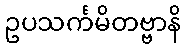
ဥပသင်္ကမိတဗ္ဗာနိ